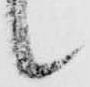
候